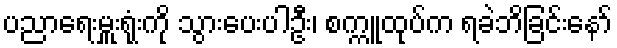
ပညာရေးမှူးရုံးကို သွားပေးပါဦး၊ စက္ကူထုပ်က ရခဲဘိခြင်းနော်